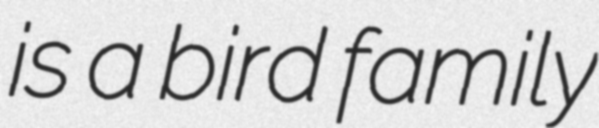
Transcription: is a bird family